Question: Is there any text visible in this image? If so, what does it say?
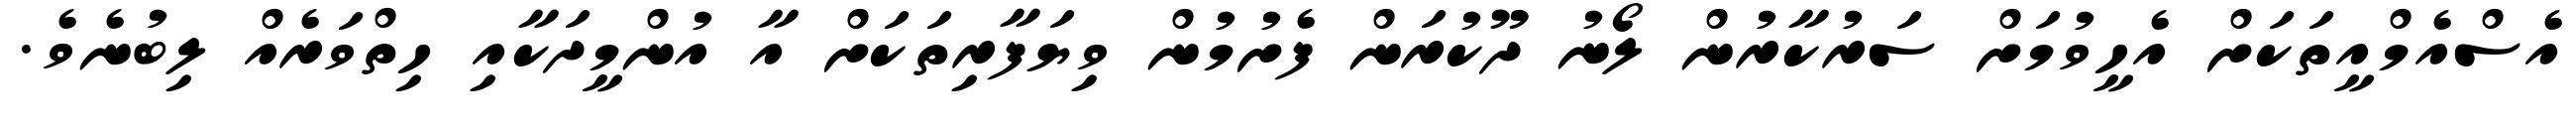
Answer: އެސްއެމްއީތަކަށް އެހީވުމަށް ސަރުކާރުން ލޯނު ދޫކުރަން ފެށުމުން ވިޔަފާރިތަކަށް އާ އުންމީދަކާއި ހިތްވަރެއް ލިބުނެވެ.